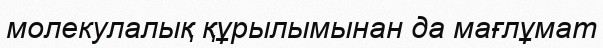
молекулалық құрылымынан да мағлұмат